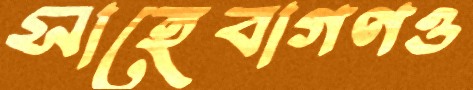
সাহেবাগণও